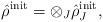
LaTeX: \begin{align*}\hat{\rho}^{\mbox{\scriptsize{init}}}=\otimes _J\hat{\rho}^{\mbox{\scriptsize{init}}}_J ,\end{align*}